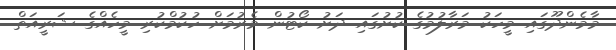
މާމެންދޫގައި މީހަކު މަރާލުމުގެ ކުށުގައި ދަށު ކޯޓުން މެރުމަށް ހުކުމްކުރި މީހެއްގެ ޝަރީއަތް